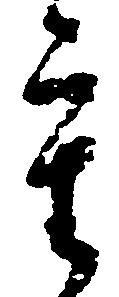
重